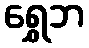
ရွှေဘ